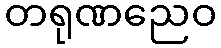
တရုဏညေဝ